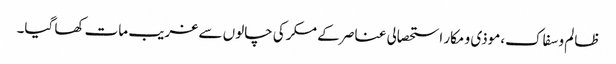
ظالم و سفاک،موذی و مکار استحصالی عناصر کے مکر کی چالوں سے غریب مات کھا گیا۔